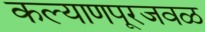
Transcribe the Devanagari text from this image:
कल्याणपूरजवळ